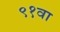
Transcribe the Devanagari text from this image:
९१वा